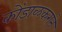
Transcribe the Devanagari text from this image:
कोंडाळकराने